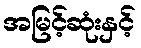
အမြင့်ဆုံးနှင့်